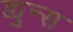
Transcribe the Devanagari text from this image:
ड्युन्स